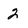
Character: 2